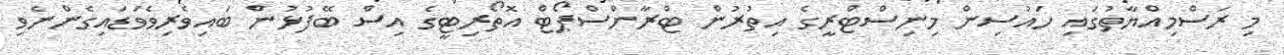
މި ރަސްމިއްޔާތުގައި ހައުސިން މިނިސްޓްރީގެ އިތުރުން ޓްރާންސްޕޯޓް އޮތޯރިޓީގެ އިސް ބޭފުޅުން ބައިވެރިވެވަޑައިގެންނެވި